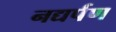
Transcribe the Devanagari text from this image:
नद्यर्पण